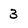
Character: 3